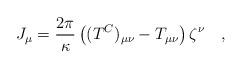
LaTeX: \begin{align*}J_\mu={2\pi \over \kappa} \left((T^C)_{\mu\nu}-T_{\mu\nu}\right)\zeta^\nu~~~,\end{align*}